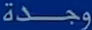
وجدة